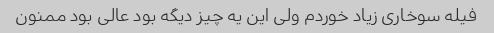
فیله سوخاری زیاد خوردم ولی این یه چیز دیگه بود عالی بود ممنون